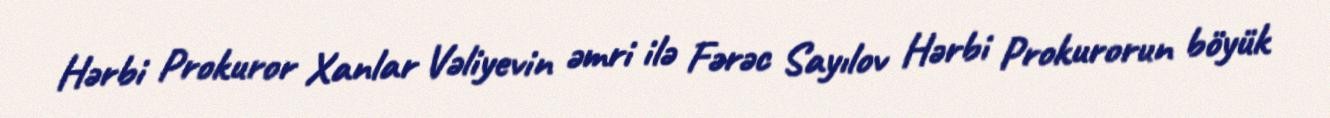
Hərbi Prokuror Xanlar Vəliyevin əmri ilə Fərəc Sayılov Hərbi Prokurorun böyük